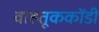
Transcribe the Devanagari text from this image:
वाहतूककोंडी